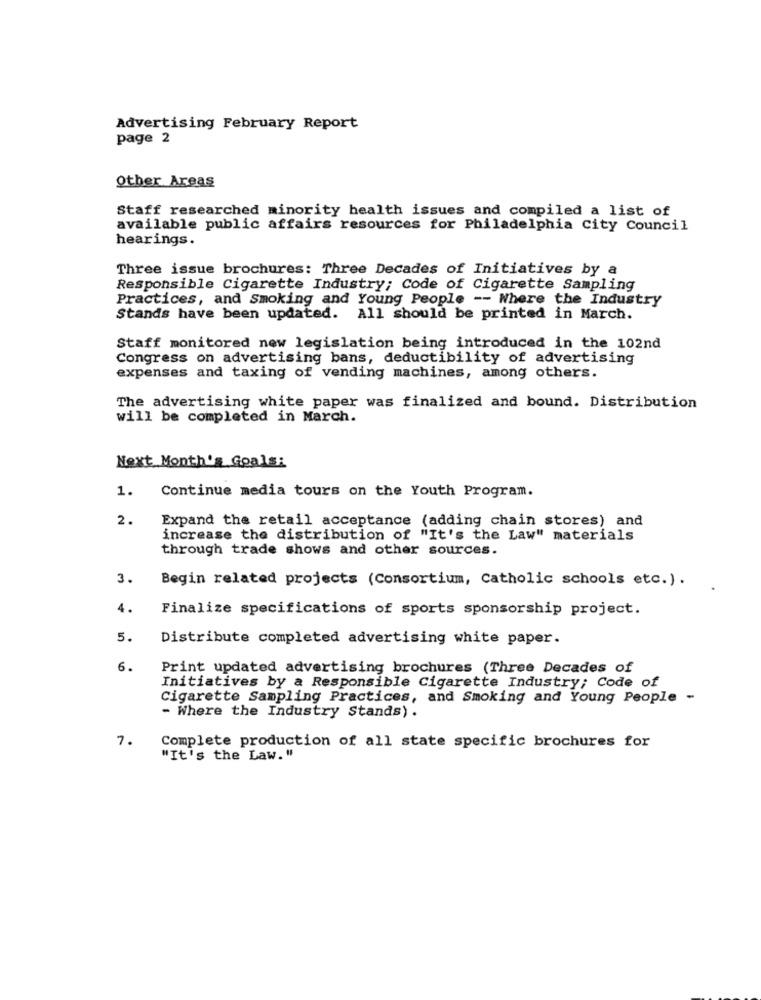
Advertising February Report
page 2
other Areas
Staff researched minority health issues and compiled a list of
available public affairs resources for Philadelphia City Council
hearings.
Three issue brochures: Three Decades of Initiatives by a
Responsible Cigarette Industry; Code of Cigarette Sampling
Practices, and Smoking and Young People -- Where the Industry
Stands have been updated. All should be printed in March.
Staff monitored new legislation being introduced in the 102nd
Congress on advertising bans, deductibility of advertising
expenses and taxing of vending machines, among others.
The advertising white paper was finalized and bound. Distribution
will be completed in March.
Next Month's Goals:
1.
Continue media tours on the Youth Program.
2.
Expand the retail acceptance (adding chain stores) and
increase the distribution of "It's the Law" materials
through trade shows and other sources.
3.
Begin related projects (Consortium, Catholic schools etc.) .
4.
Finalize specifications of sports sponsorship project.
5.
Distribute completed advertising white paper.
6.
Print updated advertising brochures (Three Decades of
Initiatives by a Responsible Cigarette Industry; Code of
Cigarette Sampling Practices, and Smoking and Young People -
- Where the Industry Stands).
7.
Complete production of all state specific brochures for
"It's the Law. "